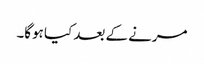
مرنے کے بعد کیا ہوگا۔